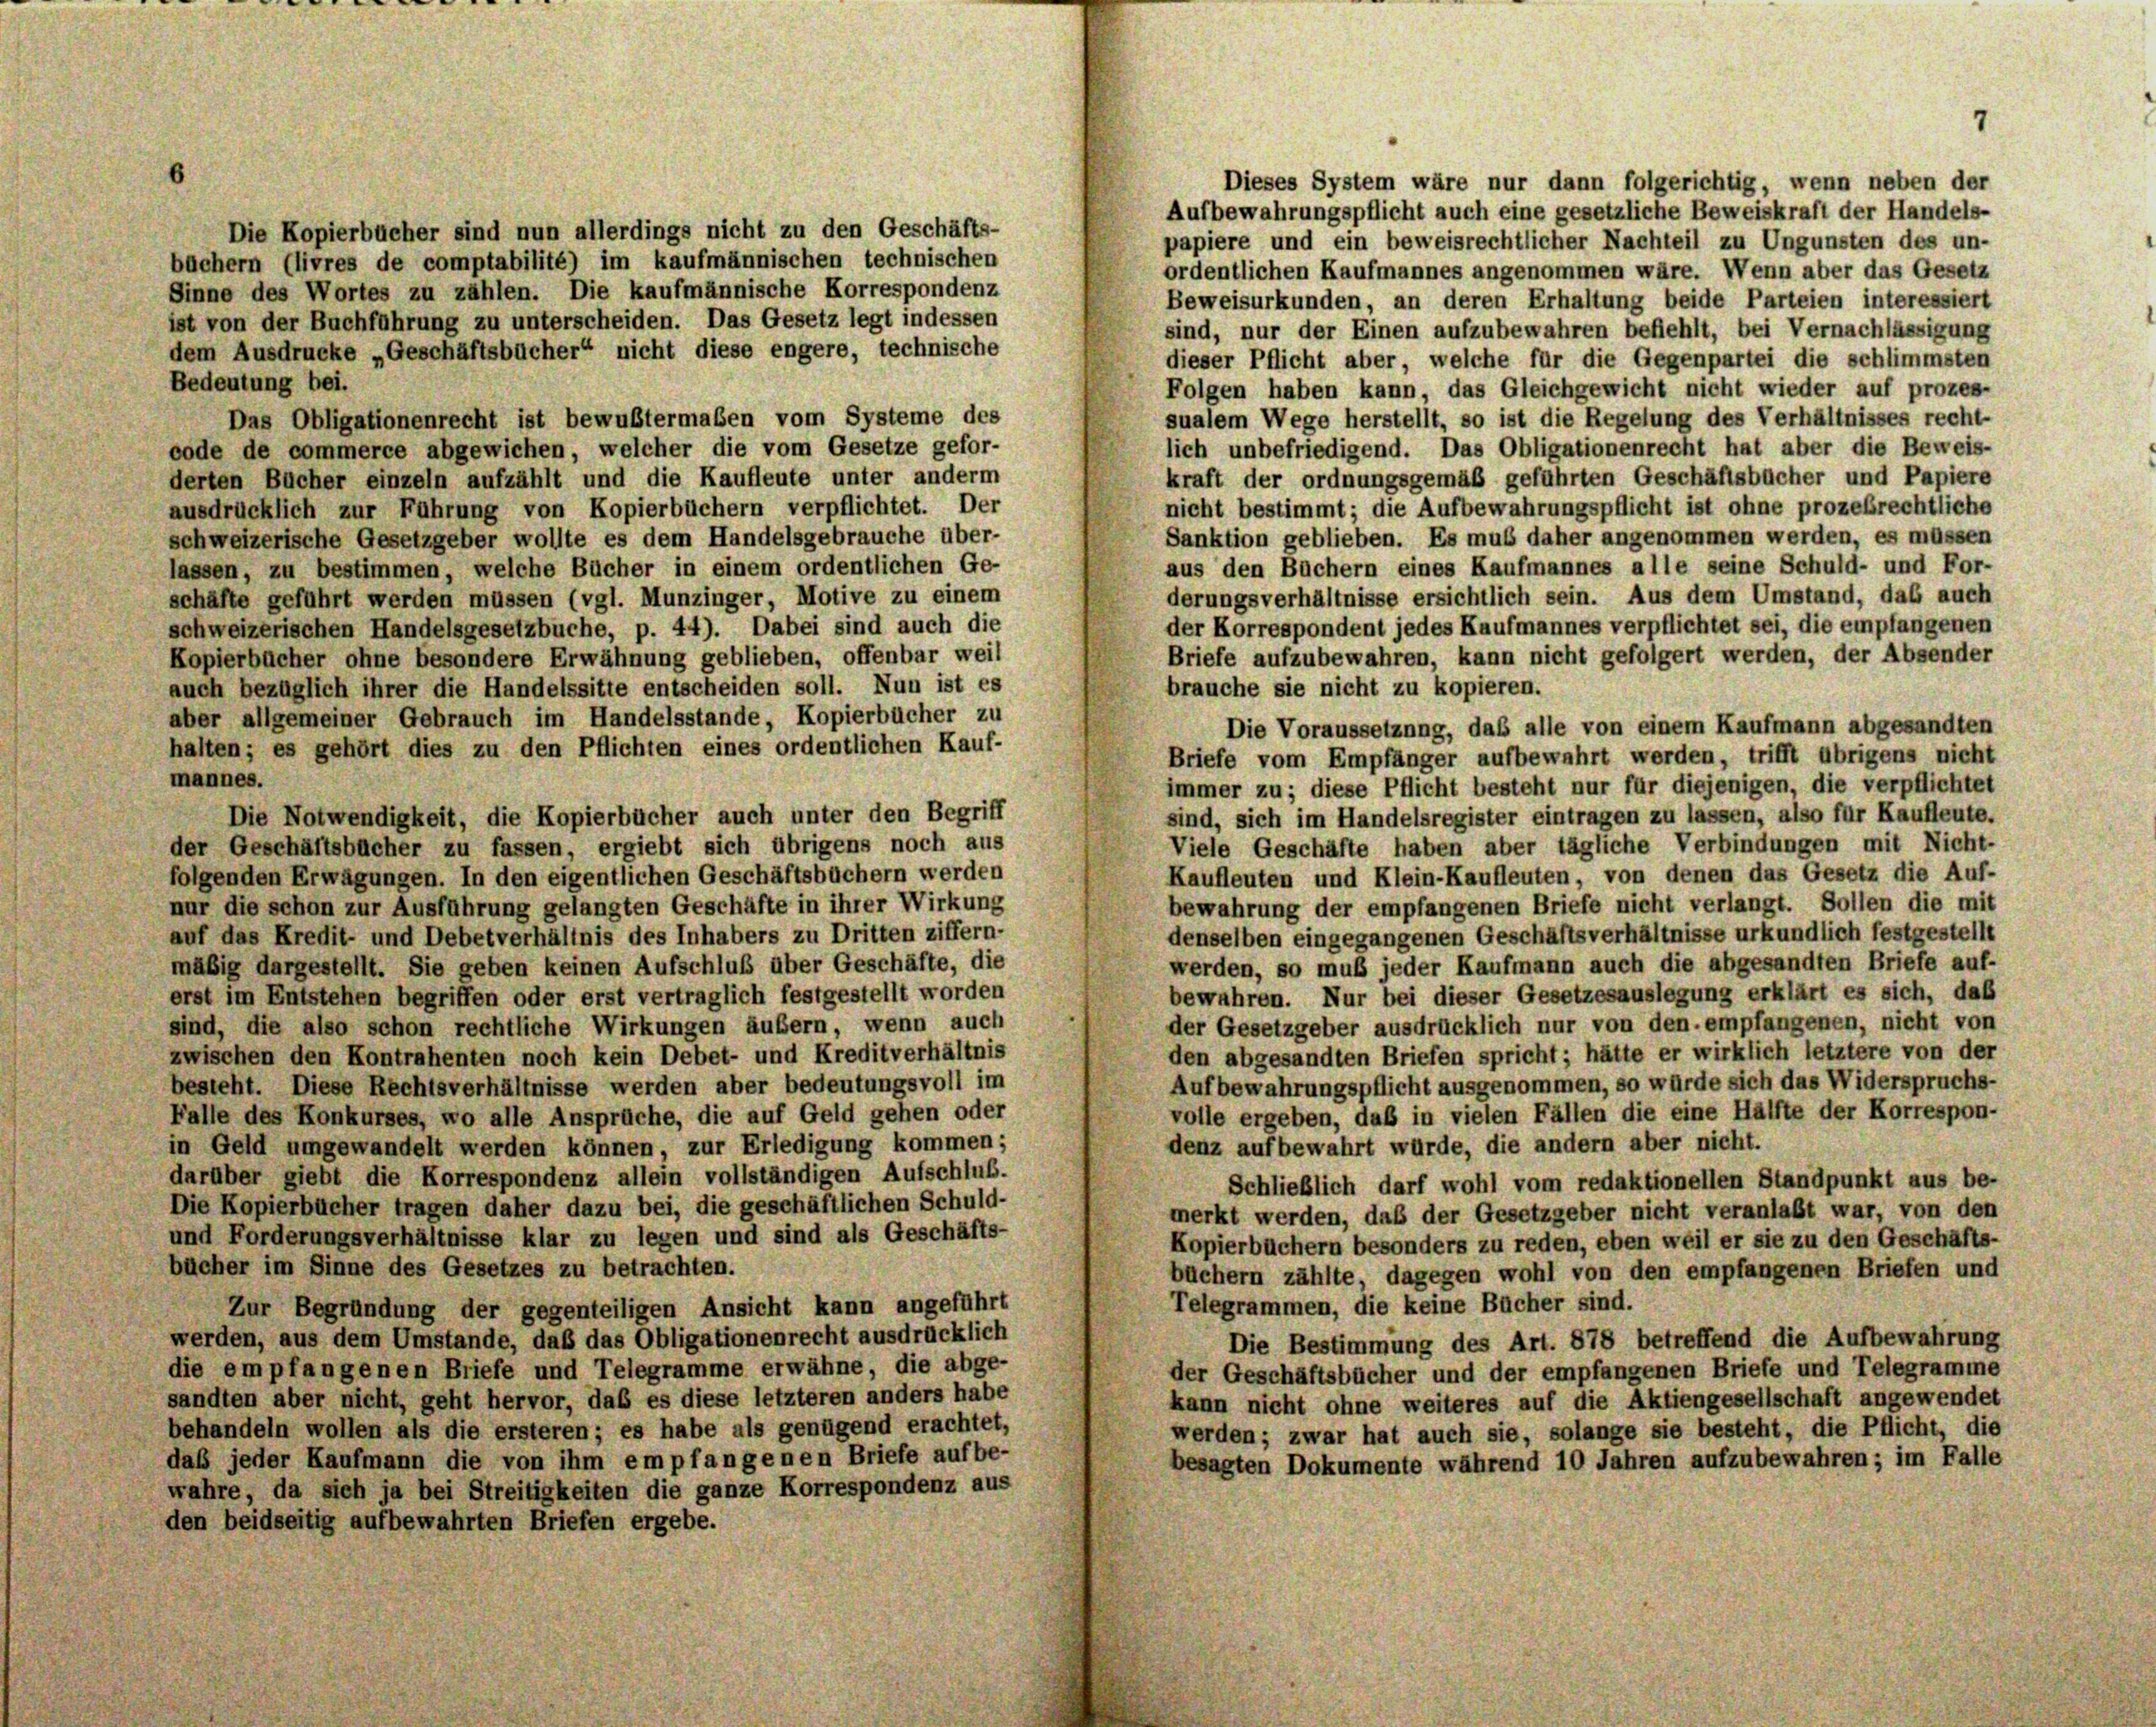
Dieses System wäre nur dann folgerichtig, wenn neben der
Aufbewahrungspflicht auch eine gesetzliche Beweiskraft der Handels-
Die Kopierbücher sind nun allerdings nicht zu den Geschäfts-
papiere und ein beweisrechtlicher Nachteil zu Ungunsten des un-
büchern (livres de comptabilité) im kaufmännischen technischen
ordentlichen Kaufmannes angenommen wäre. Wenn aber das Gesetz
Sinne des Wortes zu zählen. Die kaufmännische Korrespondenz
Beweisurkunden, an deren Erhaltung beide Parteien interessiert
ist von der Buchführung zu unterscheiden. Das Gesetz legt indessen
sind, nur der Einen aufzubewahren befiehlt, bei Vernachlässigung
dem Ausdrucke „Geschäftsbücher“ nicht diese engere, technische
dieser Pflicht aber, welche für die Gegenpartei die schlimmsten
Bedeutung bei.
Folgen haben kann, das Gleichgewicht nicht wieder auf prozes-
sualem Wege herstellt, so ist die Regelung des Verhältnisses recht-
Das Obligationenrecht ist bewußtermaßen vom Systeme des
lich unbefriedigend. Das Obligationenrecht hat aber die Beweis-
code de commerce abgewichen, welcher die vom Gesetze gefor-
kraft der ordnungsgemäß geführten Geschäftsbücher und Papiere
derten Bücher einzeln aufzählt und die Kaufleute unter anderm
nicht bestimmt; die Aufbewahrungspflicht ist ohne prozesrechtliche
ausdrücklich zur Führung von Kopierbüchern verpflichtet. Der
Sanktion geblieben. Es muß daher angenommen werden, es müssen
schweizerische Gesetzgeber wollte es dem Handelsgebrauche über-
aus den Büchern eines Kaufmannes alle seine Schuld- und For-
lassen, zu bestimmen, welche Bücher in einem ordentlichen Ge-
derungsverhältnisse ersichtlich sein. Aus dem Umstand, das auch
schäfte geführt werden müssen (vgl. Munzinger, Motive zu einem
der Korrespondent jedes Kaufmannes verpflichtet sei, die empfangenen
schweizerischen Handelsgesetzbuche, p. 44). Dabei sind auch die
Briefe aufzubewahren, kann nicht gefolgert werden, der Absender
Kopierbücher ohne besondere Erwähnung geblieben, offenbar weil
auch bezüglich ihrer die Handelssitte entscheiden soll. Nun ist es
brauche sie nicht zu kopieren.
aber allgemeiner Gebrauch im Handelsstande, Kopierbücher zu
Die Voraussetzung, das alle von einem Kaufmann abgesandten
halten; es gehört dies zu den Pflichten eines ordentlichen Kauf-
Briefe vom Empfänger aufbewahrt werden, trifft übrigens nicht
mannes.
immer zu; diese Pflicht besteht nur für diejenigen, die verpflichtet
Die Notwendigkeit, die Kopierbücher auch unter den Begriff
sind, sich im Handelsregister eintragen zu lassen, also für Kaufleute.
Viele Geschäfte haben aber tägliche Verbindungen mit Nicht-
der Geschäftsbücher zu fassen, ergiebt sich übrigens noch aus
Kaufleuten und Klein-Kaufleuten, von denen das Gesetz die Auf-
folgenden Erwägungen. In den eigentlichen Geschäftsbüchern werden
bewahrung der empfangenen Briefe nicht verlangt. Sollen die mit
nur die schon zur Ausführung gelangten Geschäfte in ihrer Wirkung
denselben eingegangenen Geschäftsverhältnisse urkundlich festgestellt
auf das Kredit- und Debetverhältnis des Inhabers zu Dritten ziffern-
werden, so muß jeder Kaufmann auch die abgesandten Briefe auf-
mäßig dargestellt. Sie geben keinen Aufschluß über Geschäfte, die
bewahren. Nur bei dieser Gesetzesauslegung erklärt es sich, daß
erst im Entstehen begriffen oder erst vertraglich festgestellt worden
der Gesetzgeber ausdrücklich nur von den, empfangenen, nicht von
sind, die also schon rechtliche Wirkungen äußern, wenn auch
den abgesandten Briefen spricht; hätte er wirklich letztere von der
zwischen den Kontrahenten noch kein Debet- und Kreditverhältnis
Aufbewahrungspflicht ausgenommen, so würde sich das Widerspruchs-
besteht. Diese Rechtsverhältnisse werden aber bedeutungsvoll im
volle ergeben, daß in vielen Fällen die eine Hälfte der Korrespon-
Falle des Konkurses, wo alle Ansprüche, die auf Geld gehen oder
denz aufbewahrt würde, die andern aber nicht.
in Geld umgewandelt werden können, zur Erledigung kommen;
darüber giebt die Korrespondenz allein vollständigen Aufschluß.
Schließlich darf wohl vom redaktionellen Standpunkt aus be-
Die Kopierbücher tragen daher dazu bei, die geschäftlichen Schuld-
merkt werden, daß der Gesetzgeber nicht veranlaßt war, von den
und Forderungsverhältnisse klar zu legen und sind als Geschäfts-
Kopierbüchern besonders zu reden, eben weil er sie zu den Geschäfts-
bücher im Sinne des Gesetzes zu betrachten.
büchern zählte, dagegen wohl von den empfangenen Briefen und
Telegrammen, die keine Bücher sind.
Zur Begründung der gegenteiligen Ansicht kann angeführt
werden, aus dem Umstände, daß das Obligationenrecht ausdrücklich
Die Bestimmung des Art. 878 betreffend die Aufbewahrung
die empfangenen Briefe und Telegramme erwähne, die abge-
der Geschäftsbücher und der empfangenen Briefe und Telegramme
sandten aber nicht, geht hervor, daß es diese letzteren anders habe
kann nicht ohne weiteres auf die Aktiengesellschaft angewendet
behandeln wollen als die ersteren; es habe als genügend erachtet,
werden; zwar hat auch sie, solange sie besteht, die Pflicht, die
daß jeder Kaufmann die von ihm empfangenen Briefe aufbe-
besagten Dokumente während 10 Jahren aufzubewahren; im Falle
wahre, da sich ja bei Streitigkeiten die ganze Korrespondenz aus
den beidseitig aufbewahrten Briefen ergebe.

7